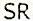
SR